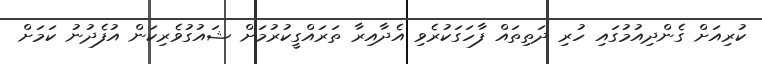
ކުރިއަށް ގެންދިއުމުގައި ހުރި ދަތިތައް ފާހަގަކުރެވި އެދާއިރާ ތަރައްގީކުރުމަށް ޝައުގުވެރިކަން އުފެދުނު ކަމަށް